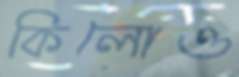
কিলোও